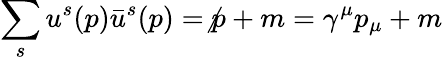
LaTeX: \sum_{s}u^{s}(p){\bar{u}}^{s}(p)=\not p+m=\gamma^{\mu}p_{\mu}+m